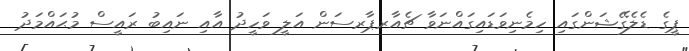
ޕީގެ ޑެލެގޭޝަންގައި ހިމެނިވަޑައިގައްނަވާ ޗެއާރޕާރސަން އަލީ ވަހީދު އާއި ނައިބު ރައީސް މުޙައްމަދު